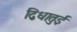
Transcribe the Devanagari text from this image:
द्विधातुई